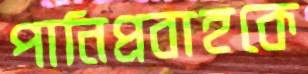
পানিপ্রবাহকে